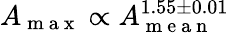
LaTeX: A_{\mathrm{~m~a~x~}}\propto A_{\mathrm{~m~e~a~n~}}^{1.55\pm 0.01}